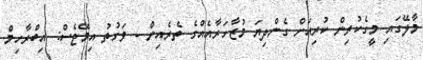
މާލޭގައި މީގެކުރިން ކުރިއަށް ގެންދިޔަ މުޒާހަރާއެއްގެ ތެރެއިން - ވަގުތު އިމޭޖެސް: އިބްރާހިމް